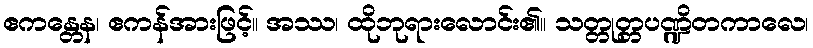
ဧကန္တေန၊ ဧကန်အားဖြင့်။ အဿ၊ ထိုဘုရားလောင်း၏။ သတ္တုတ္တပဏ္ဍိတကာလေ၊